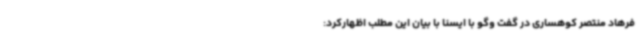
فرهاد منتصر کوهساری در گفت وگو با ایسنا با بیان این مطلب اظهارکرد: